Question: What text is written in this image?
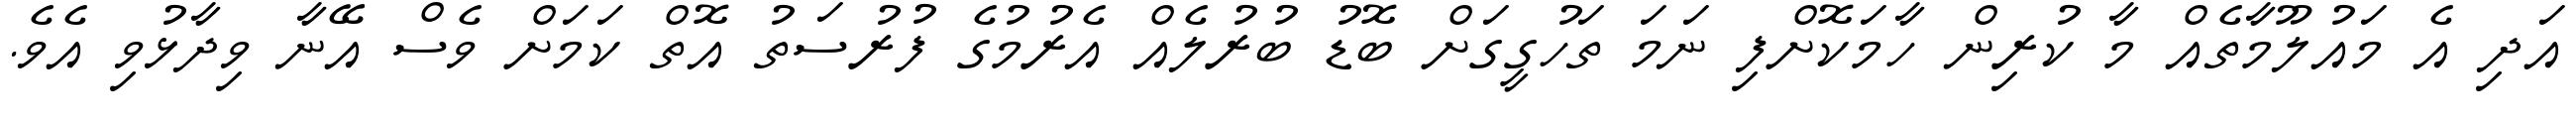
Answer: އަދި އެ މައުލޫމާތެއް މާ ކުރިން ހާމަކޮށްފި ނަމަ ތަހުގީގަށް ބޮޑު ބުރުލެއް އެރުމުގެ ފުރުސަތު އޮތް ކަމަށް ވެސް އޭނާ ވިދާޅުވި އެވެ.